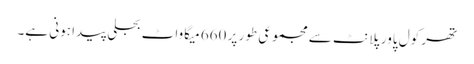
تھر کول پاور پلانٹ سے مجموعی طور پر 660 میگاواٹ بجلی پیدا ہونی ہے۔